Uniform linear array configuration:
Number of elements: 12
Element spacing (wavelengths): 1
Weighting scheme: exponential
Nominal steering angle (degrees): -45
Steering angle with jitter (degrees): -44.507
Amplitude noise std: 0.05
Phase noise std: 0.05

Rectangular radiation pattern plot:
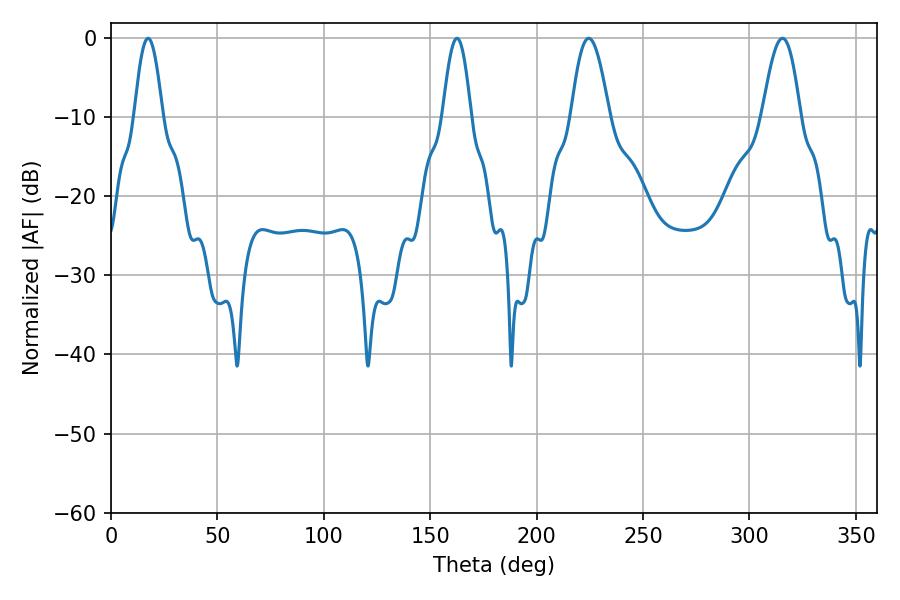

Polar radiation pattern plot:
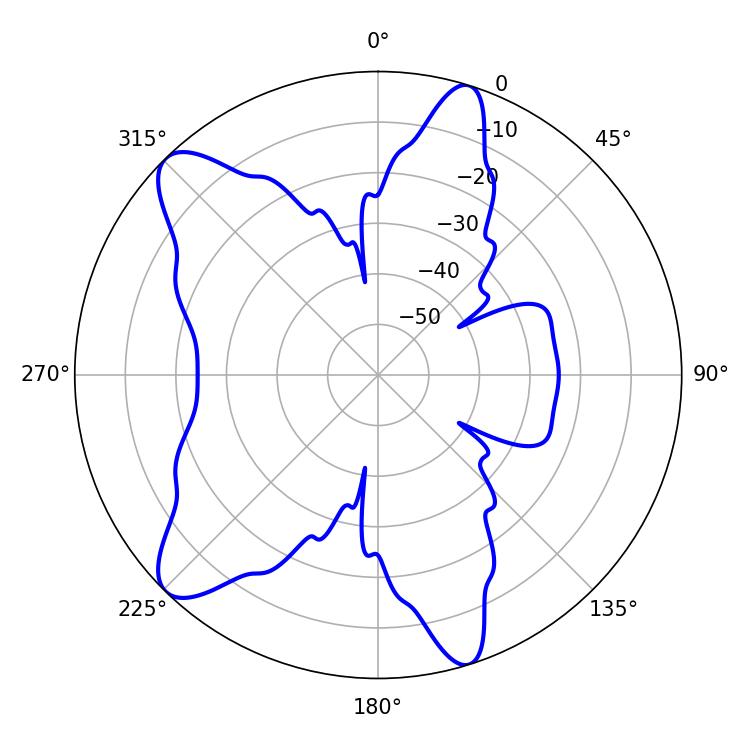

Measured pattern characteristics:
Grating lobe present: TRUE
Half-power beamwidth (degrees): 9.72
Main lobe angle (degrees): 224.46